Medical and sanitary report of the native army of Madras for the year
Year: 1872
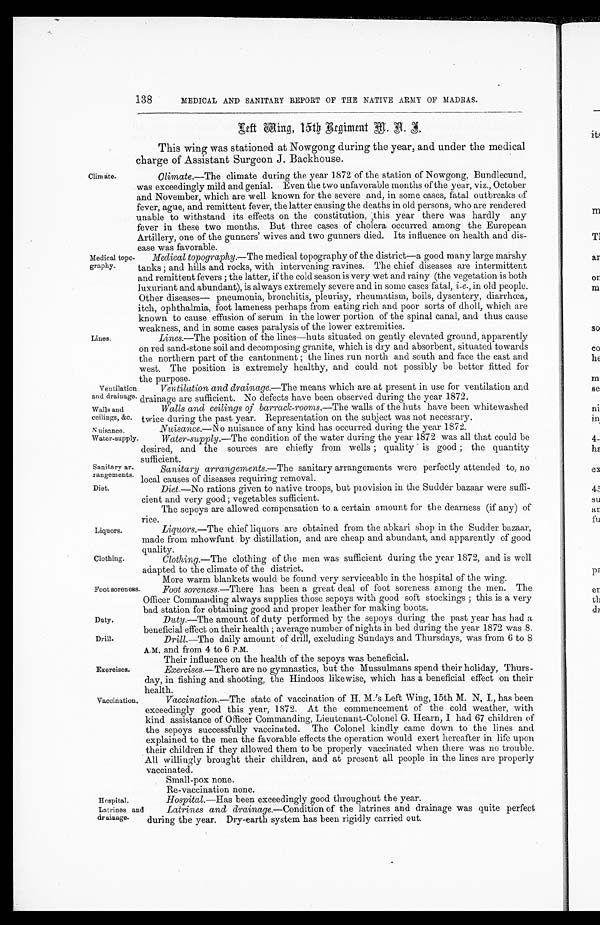
Walls and
ceilings, &c.
Nuisance.
Water-supply.
Sanitary ar
-rangements.
Diet.
Liquors.
Clothing.
Duty.
Drill.
Hospital.
Latrines and
drainage.
138
Clim ate.
Medical topo-
graphy.
MEDICAL AND SANITARY REPORT OF THE NATIVE ARMY OF MADRAS.
L e f t W i n g , 1 5 t h R e g i m e n t M . A . I .
This wing was stationed at Nowgong during the year, and under the medical
charge of Assistant Surgeon J. Backhouse.
Climate.— The climate during the year 1872 of the station of Nowgong, Bundlecund,
was exceedingly mild and genial. Even the two unfavorable months of the year, viz., October
and November, which are well known for the severe and, in some cases, fatal outbreaks of
fever, ague, and remittent fever, the latter causing the deaths in old persons, who are rendered
unable to withstand its effects on the constitution, this year there was hardly any
fever in these two months. But three cases of cholera occurred among the European
Artillery, one of the gunners' wives and two gunners died. Its influence on health and dis--
ease was favorable.
Medical topography.— The medical topography of the district—a good many large marshy
tanks; and hills and rocks, with intervening ravines. The chief diseases are intermittent
and remittent fevers; the latter, if the cold season is very wet and rainy (the vegetation is both
luxuriant and abundant), is always extremely severe and in some cases fatal, i.e. , in old people.
Other diseases— pneumonia, bronchitis, pleurisy, rheumatism, boils, dysentery, diarrhœa,
itch, ophthalmia, foot lameness perhaps from eating rich and poor sorts of dholl, which are
known to cause effusion of serum in the lower portion of the spinal canal, and thus cause
weakness, and in some cases paralysis of the lower extremities.
Lines.
Ventilation
and drainage.
Lines.— The position of the lines—huts situated on gently elevated ground, apparently
on red sand-stone soil and decomposing granite, which is dry and absorbent, situated towards
the northern part of the cantonment; the lines run north and south and face the east and
west. The position is extremely healthy, and could not possibly be better fitted for
the purpose.
Ventilation and drainage.— The means which are at present in use for ventilation and
drainage are sufficient. No defects have been observed during the year 1872.
Walls and ceilings of barrack-rooms.— The walls of the huts have been whitewashed
twice during the past year. Representation on the subject was not necessary.
Nuisance.—No nuisance of any kind has occurred during the year 1872.
Water-supply.— The condition of the water during the year 1872 was all that could be
desired, and the sources are chiefly from wells; quality is good; the quantity
sufficient.
Sanitary ar-rangements.—The sanitary arrangements were perfectly attended to, no
local causes of diseases requiring removal.
Diet.— No rations given to native troops, but provision in the Sudder bazaar were suffi--
cient and very good; vegetables sufficient.
The sepoys are allowed compensation to a certain amount for the dearness (if any) of
rice.
Liquors.— The chief liquors are obtained from the abkari shop in the Sudder bazaar,
made from mhowfunt by distillation, and are cheap and abundant, and apparently of good
quality.
Clothing.— The clothing of the men was sufficient during the year 1872, and is well
adapted to the climate of the district.
More warm blankets would be found very serviceable in the hospital of the wing.
Foot soreness.
Exercises.
Vaccination.
Foot soreness.— There has been a great deal of foot soreness among the men. The
Officer Commanding always supplies those sepoys with good soft stockings; this is a very
had station for obtaining good and Proper leather for making boots.
Duty .—The amount of duty performed by the sepoys during the past year has had a
beneficial effect on their health; average number of nights in bed during the year 1872 was 8.
Drill.— The daily amount of drill, excluding Sundays and Thursdays, was from 6 to 8
A.M. and from 4 to 6 P.M.
Their influence on the health of the sepoys was beneficial.
Exercises.— There are no gymnastics, but the Mussulmans spend their holiday, Thurs--
day, in fishing and shooting, the Hindoos likewise, which has a beneficial effect on their
health.
Vaccination.—The state of vaccination of H. M.'s Left Wing, 15th M. N. I., has been
exceedingly good this year, 1872. At the commencement of the cold weather, with
kind assistance of Officer Commanding, Lieutenant-Colonel G. Hearn, I had 67 children of
the sepoys successfully vaccinated. The Colonel kindly came down to the lines and
explained to the men the favorable effects the operation would exert hereafter in life upon
their children if they allowed them to be properly vaccinated when there was no trouble.
All willingly brought their children, and at present all people in the lines are properly
vaccinated.
Small-pox none.
Re-vaccination none.
Hospital.— Has been exceedingly good throughout the year.
Latrines and drainage.—Condition of the latrines and drainage was quite perfect
during the year. Dry-earth system has been rigidly carried out.